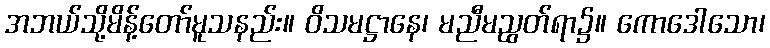
အဘယ်သို့မိန့်တော်မူသနည်း။ ဝိသမဋ္ဌာနေ၊ မညီမညွတ်ရာ၌။ ကောဒေါသော၊